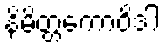
နိမိတ္တကောဝိဒါ